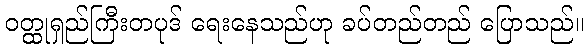
ဝတ္ထုရှည်ကြီးတပုဒ် ရေးနေသည်ဟု ခပ်တည်တည် ပြောသည်။